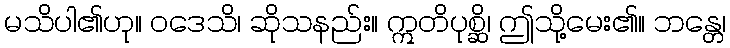
မသိပါ၏ဟု။ ဝဒေသိ၊ ဆိုသနည်း။ ဣတိပုစ္ဆိ၊ ဤသို့မေး၏။ ဘန္တေ၊